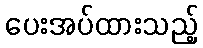
ပေးအပ်ထားသည့်